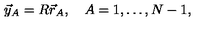
\vec { y } _ { A } = R \vec { r } _ { A } , \quad A = 1 , \dots , N - 1 ,